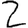
Digit: 2